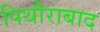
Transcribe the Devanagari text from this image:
पिथौराबाद